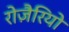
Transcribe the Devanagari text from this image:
रोज़ैरियो